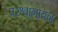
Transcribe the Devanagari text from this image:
परश्वागायन